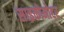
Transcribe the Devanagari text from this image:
साइकोमोटर